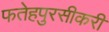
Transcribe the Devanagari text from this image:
फतेहपुरसीकरी